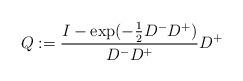
LaTeX: \begin{align*} Q:= \frac{I-\exp(-\frac{1}{2} D^- D^+)}{D^- D^+} D^+\end{align*}